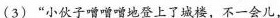
（3)”小伙子噌噌噌地登上了城楼，不一会儿，